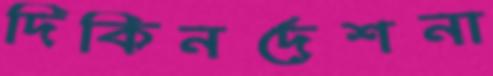
দিকিনর্দেশনা